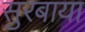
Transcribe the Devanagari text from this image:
सुरबाया